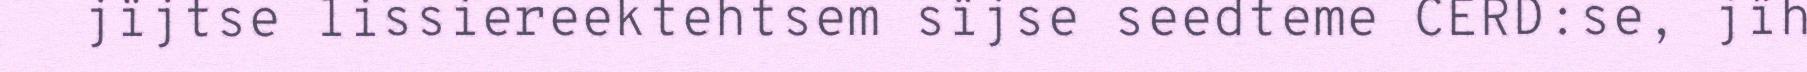
jïjtse lissiereektehtsem sïjse seedteme CERD:se, jïh